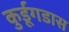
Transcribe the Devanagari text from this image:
कुर्डूगडास